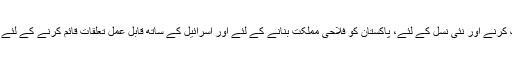
پاکستان کو جدید دنیا کے ساتھ ہم آہنگ کرنے اور نئی نسل کے لئے، پاکستان کو فلاحی مملکت بنانے کے لئے اور اسرائیل کے ساتھ قابل عمل تعلقات قائم کرنے کے لئے ہمیں خارجہ پالیسی مرتب کرنا ہوگی۔